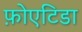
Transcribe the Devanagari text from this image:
फ़ोएटिडा